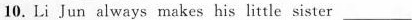
10.Li Jun always makes his little sister___